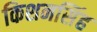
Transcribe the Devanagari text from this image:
किशनसिंह